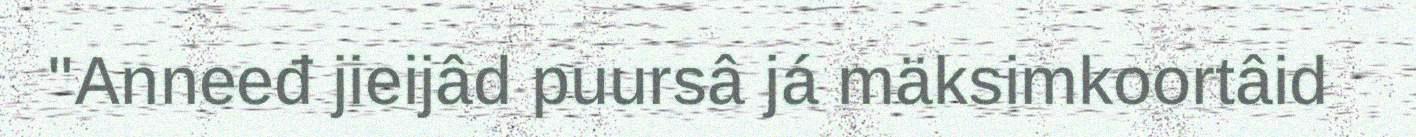
"Anneeđ jieijâd puursâ já mäksimkoortâid